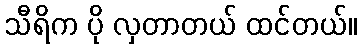
သီရိက ပို လှတာတယ် ထင်တယ်။